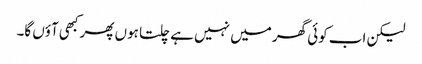
لیکن اب کوئی گھر میں نہیں ہے چلتا ہوں پھر کبھی آؤں گا۔